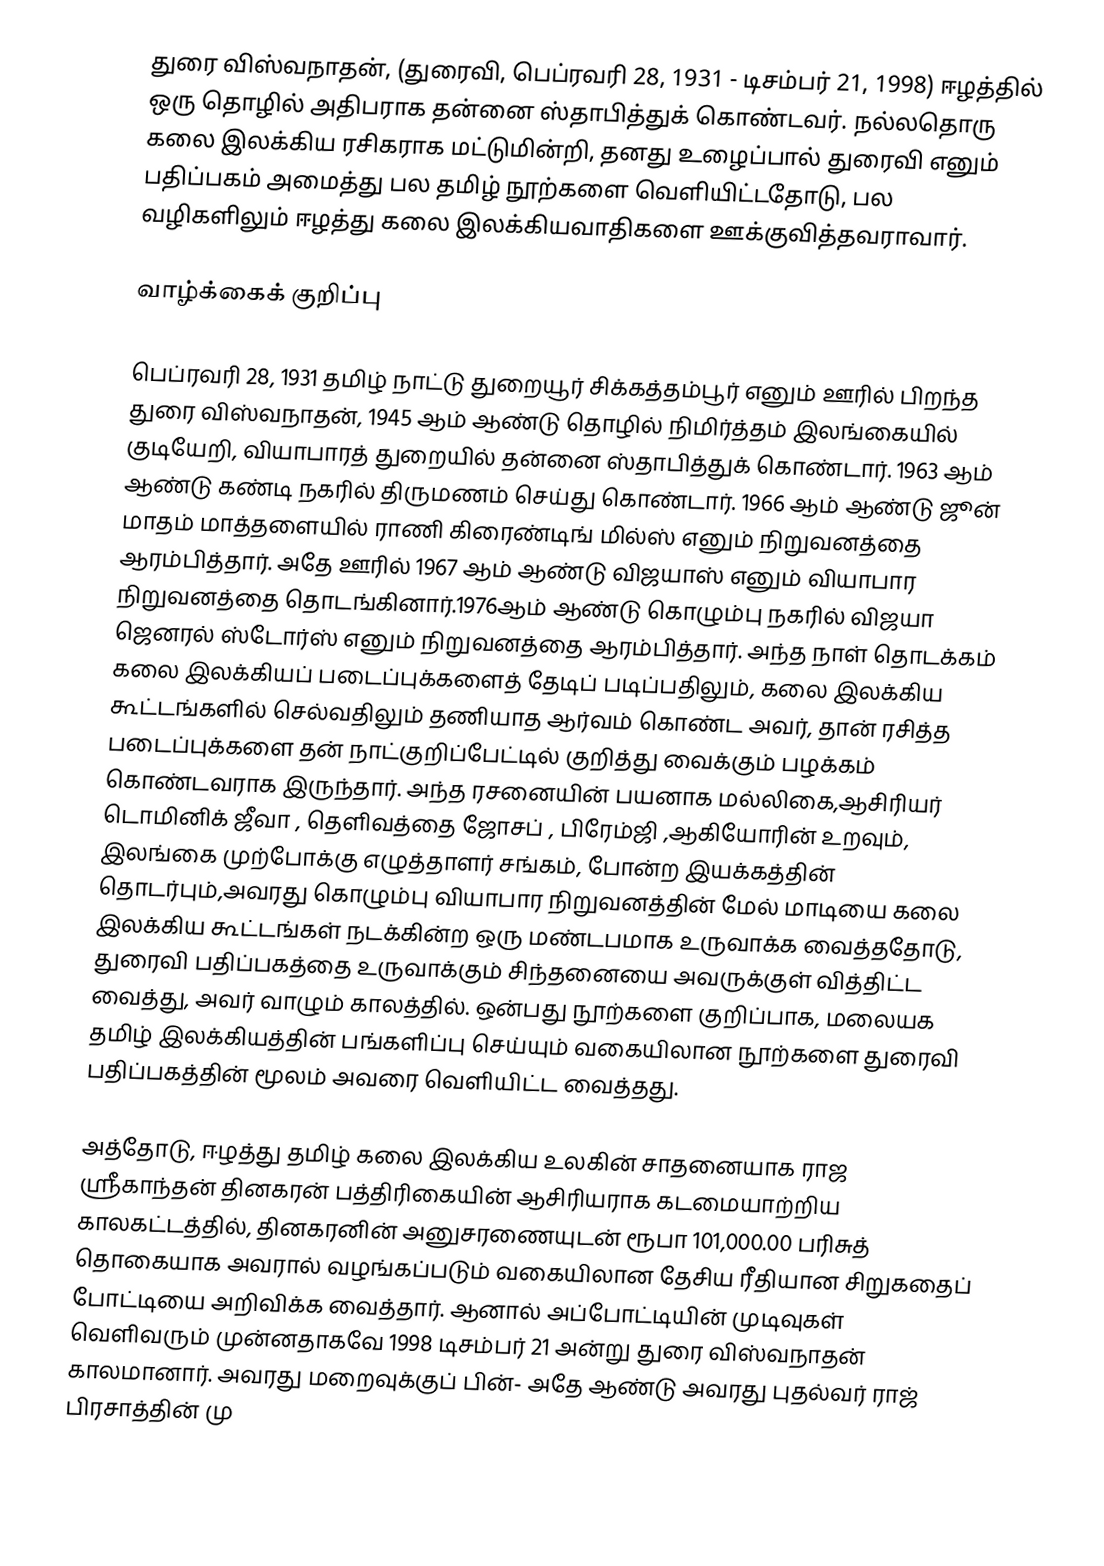
துரை விஸ்வநாதன், (துரைவி, பெப்ரவரி 28, 1931 - டிசம்பர் 21, 1998) ஈழத்தில் ஒரு தொழில் அதிபராக தன்னை ஸ்தாபித்துக் கொண்டவர். நல்லதொரு கலை இலக்கிய ரசிகராக மட்டுமின்றி, தனது உழைப்பால் துரைவி எனும் பதிப்பகம் அமைத்து  பல தமிழ் நூற்களை வெளியிட்டதோடு, பல வழிகளிலும் ஈழத்து கலை இலக்கியவாதிகளை ஊக்குவித்தவராவார்.

வாழ்க்கைக் குறிப்பு

பெப்ரவரி 28, 1931   தமிழ் நாட்டு துறையூர் சிக்கத்தம்பூர் எனும் ஊரில்  பிறந்த துரை விஸ்வநாதன், 1945 ஆம் ஆண்டு தொழில் நிமிர்த்தம் இலங்கையில் குடியேறி, வியாபாரத் துறையில் தன்னை ஸ்தாபித்துக் கொண்டார். 1963 ஆம் ஆண்டு கண்டி நகரில் திருமணம் செய்து கொண்டார். 1966 ஆம் ஆண்டு ஜூன் மாதம்  மாத்தளையில் ராணி கிரைண்டிங் மில்ஸ் எனும் நிறுவனத்தை ஆரம்பித்தார். அதே ஊரில் 1967 ஆம் ஆண்டு விஜயாஸ் எனும் வியாபார நிறுவனத்தை தொடங்கினார்.1976ஆம் ஆண்டு கொழும்பு நகரில் விஜயா ஜெனரல் ஸ்டோர்ஸ் எனும் நிறுவனத்தை ஆரம்பித்தார். அந்த நாள் தொடக்கம் கலை இலக்கியப் படைப்புக்களைத் தேடிப் படிப்பதிலும், கலை இலக்கிய கூட்டங்களில் செல்வதிலும்  தணியாத ஆர்வம் கொண்ட அவர், தான் ரசித்த படைப்புக்களை தன் நாட்குறிப்பேட்டில் குறித்து வைக்கும் பழக்கம் கொண்டவராக இருந்தார். அந்த  ரசனையின் பயனாக மல்லிகை,ஆசிரியர் டொமினிக் ஜீவா , தெளிவத்தை ஜோசப் , பிரேம்ஜி ,ஆகியோரின் உறவும், இலங்கை முற்போக்கு எழுத்தாளர் சங்கம், போன்ற இயக்கத்தின் தொடர்பும்,அவரது கொழும்பு வியாபார நிறுவனத்தின் மேல் மாடியை  கலை இலக்கிய கூட்டங்கள்  நடக்கின்ற ஒரு மண்டபமாக உருவாக்க வைத்ததோடு, துரைவி  பதிப்பகத்தை உருவாக்கும் சிந்தனையை அவருக்குள் வித்திட்ட வைத்து, அவர் வாழும் காலத்தில். ஒன்பது நூற்களை குறிப்பாக, மலையக தமிழ் இலக்கியத்தின் பங்களிப்பு செய்யும் வகையிலான நூற்களை  துரைவி பதிப்பகத்தின் மூலம் அவரை வெளியிட்ட வைத்தது.

அத்தோடு, ஈழத்து தமிழ் கலை இலக்கிய உலகின் சாதனையாக ராஜ ஸ்ரீகாந்தன்  தினகரன்  பத்திரிகையின் ஆசிரியராக கடமையாற்றிய காலகட்டத்தில், தினகரனின் அனுசரணையுடன்  ரூபா 101,000.00 பரிசுத் தொகையாக அவரால் வழங்கப்படும் வகையிலான தேசிய ரீதியான சிறுகதைப் போட்டியை அறிவிக்க வைத்தார். ஆனால் அப்போட்டியின் முடிவுகள் வெளிவரும் முன்னதாகவே 1998 டிசம்பர் 21 அன்று துரை விஸ்வநாதன் காலமானார். அவரது மறைவுக்குப் பின்- அதே ஆண்டு அவரது புதல்வர் ராஜ் பிரசாத்தின் மு